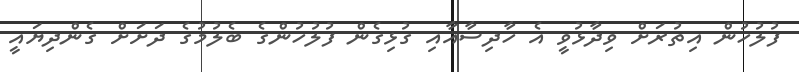
ފުލުހުން އިތުރަށް ވިދާޅުވީ އެ ހާދިސާއާއި ގުޅިގެން ފުލުހުންގެ ބެލުމުގެ ދަށަށް ގެންދިޔައީ